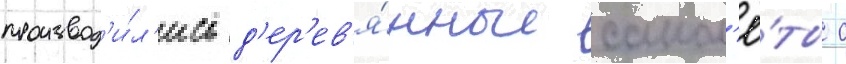
производ'и́л'ись д'ер'ев'я́нные самол'ё́ты с